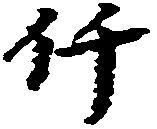
仟